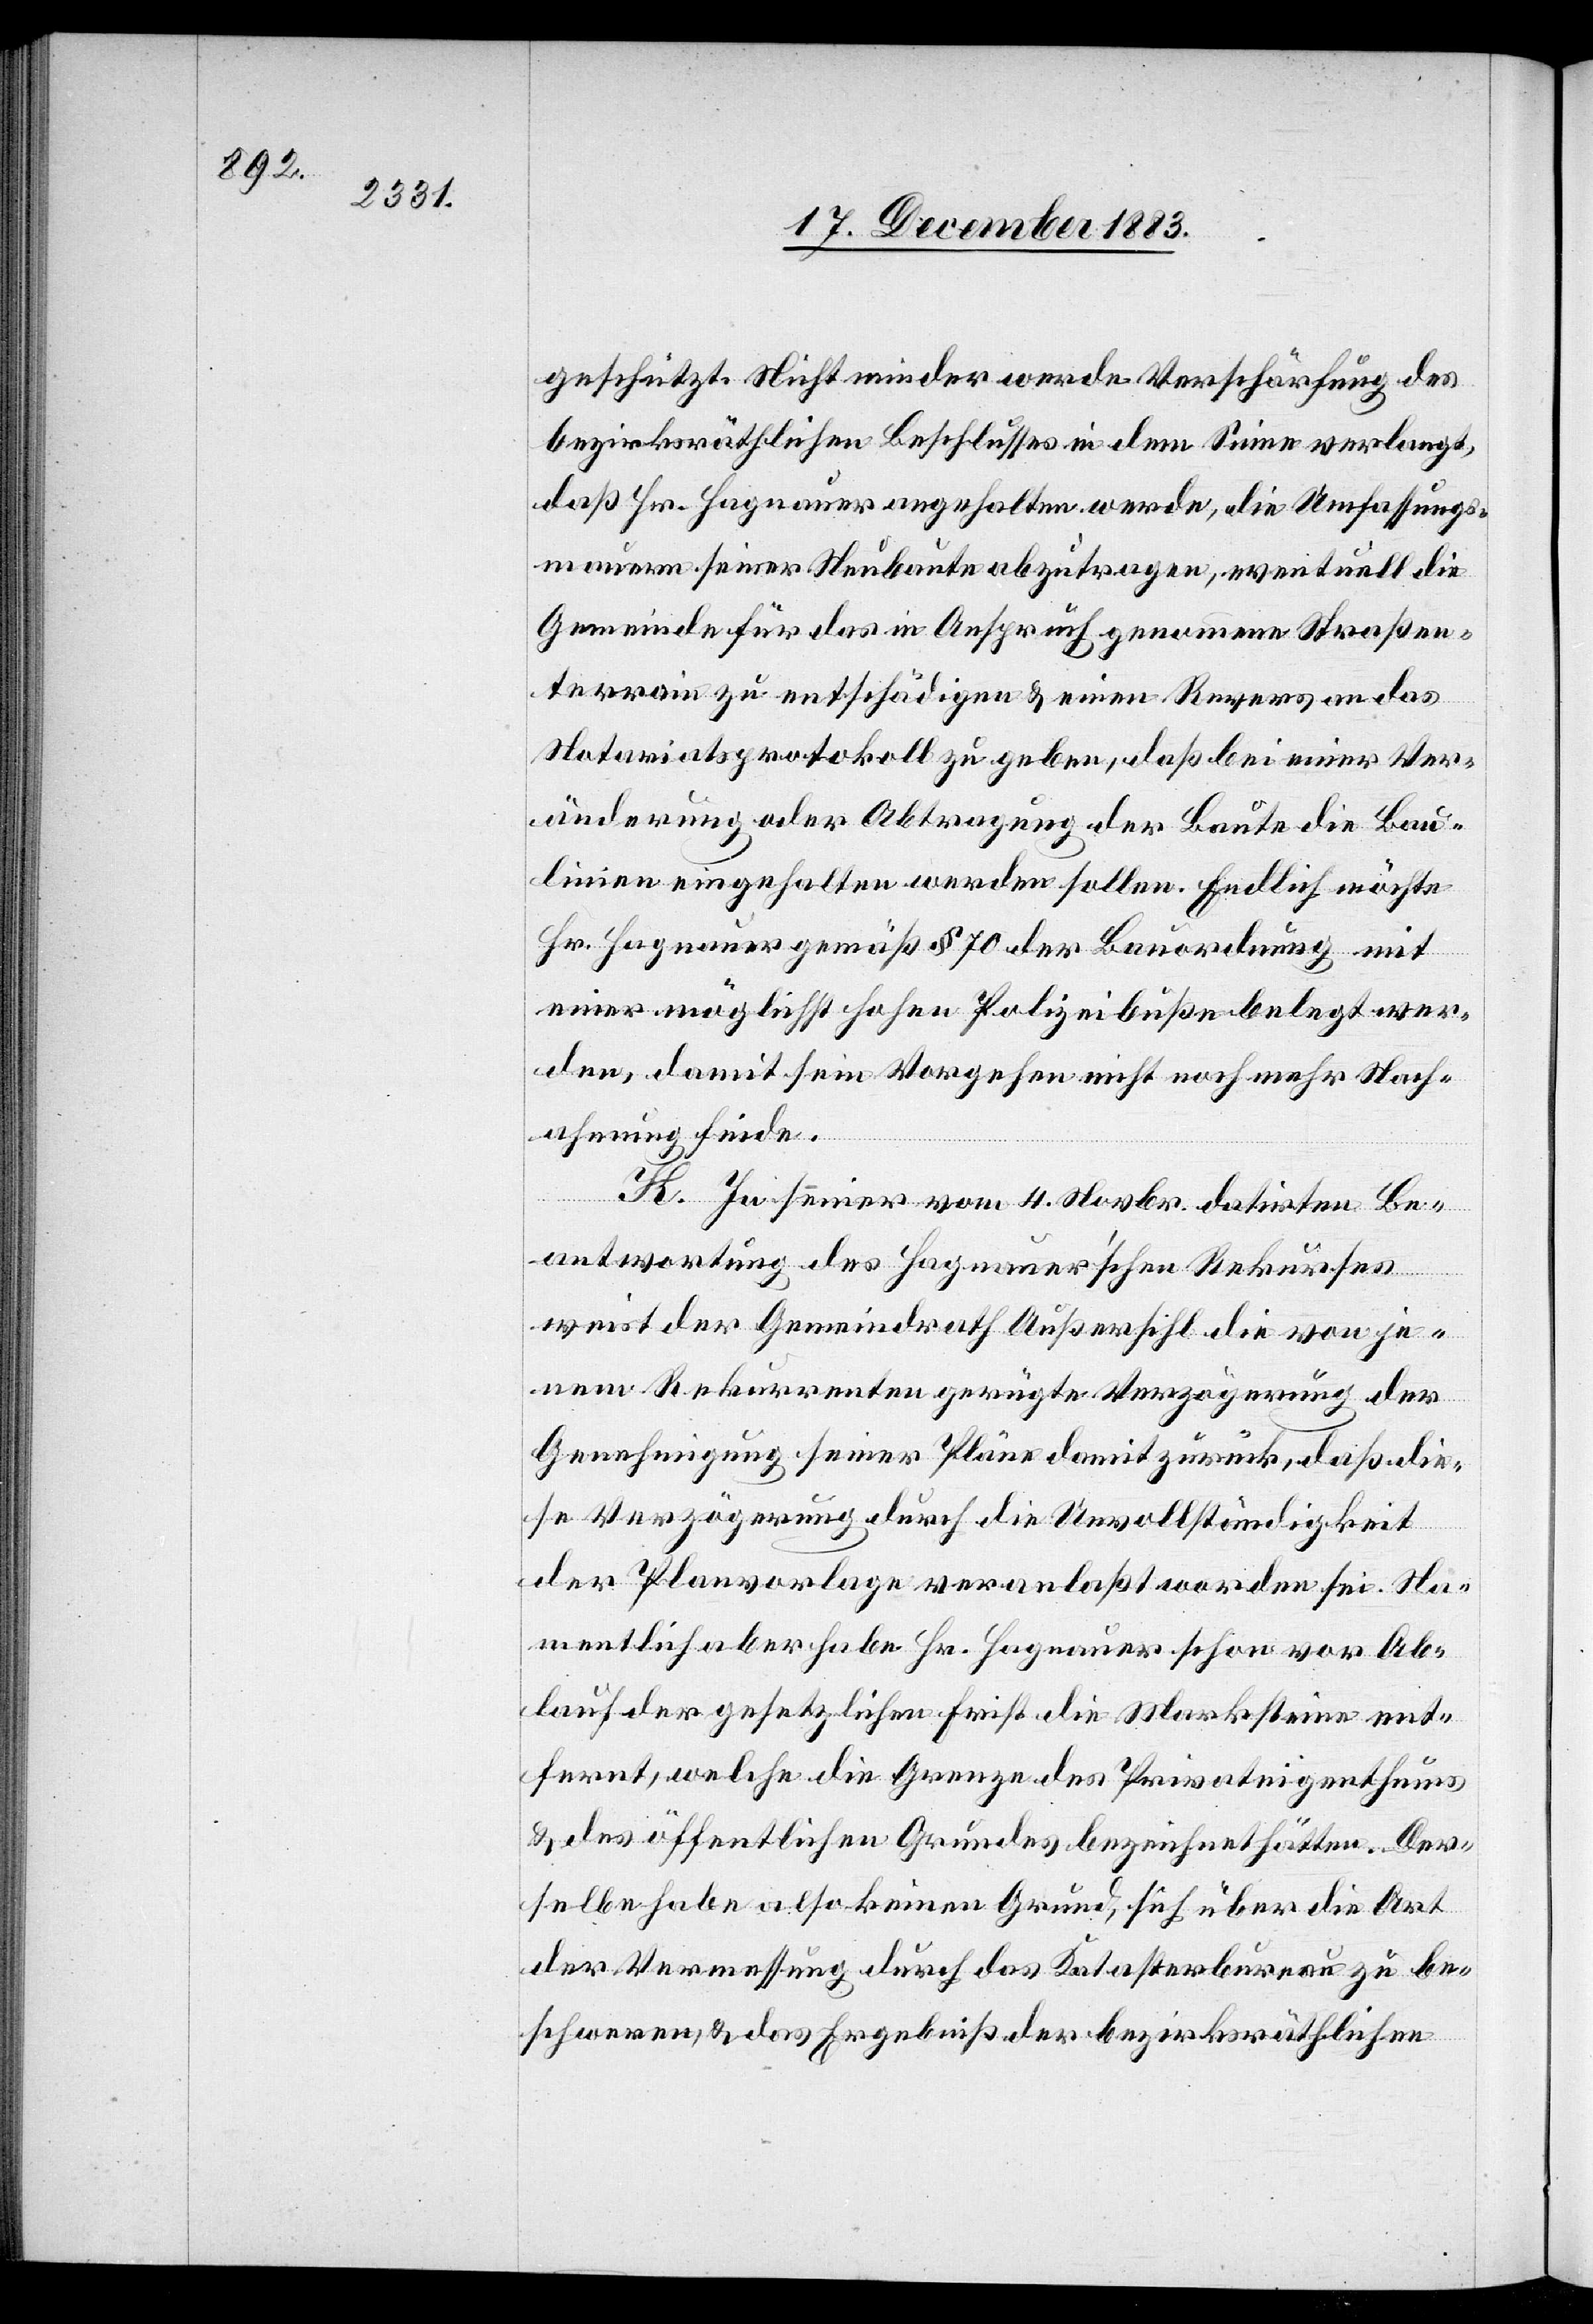
geschützt. Nicht minder werde Verschärfung des
bezirksräthlichen Beschlusses in dem Sinne verlangt,
daß Hr. Hagnauer angehalten werde, die Umfassungs¬
mauern seiner Neubaute abzutragen, eventuell die
Gemeinde für das in Anspruch genommene Straßen¬
terrain zu entschädigen & einen Revers an das
Notariatsprotokoll zu geben, daß bei einer Ver¬
änderung oder Abtragung der Baute die Bau¬
linien eingehalten werden sollen. Endlich möchte
Hr. Hagnauer gemäß § 70 der Bauordnung mit
einer möglichst hohen Polizeibuße belegt wer¬
den, damit sein Vorgehen nicht noch mehr Nach¬
ahmung finde.
K. In seiner vom 4. Novbr. datirten Be¬
antwortung des Hagnauer’schen Rekurses
weist der Gemeindrath Außersihl die von je¬
nem Rekurrenten gerügte Verzögerung der
Genehmigung seiner Pläne damit zurück, daß die¬
se Verzögerung durch die Unvollständigkeit
der Planvorlage veranlaßt worden sei. Na¬
mentlich aber habe Hr. Hagnauer schon vor Ab¬
lauf der gesetzlichen Frist die Marksteine ent¬
fernt, welche die Grenze des Privateigenthums
& des öffentlichen Grundes bezeichnet hätten. Der¬
selbe habe also keinen Grund, sich über die Art
der Vermessung durch das Katasterbureau zu be¬
schweren, & das Ergebniß der bezirksräthlichen